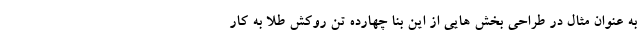
به عنوان مثال در طراحی بخش هایی از این بنا چهارده تن روکش طلا به کار